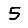
Digit: 5